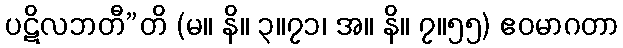
ပဋိလဘတီ”တိ (မ။ နိ။ ၃။၇၁၊ အ။ နိ။ ၇။၅၅) ဧဝမာဂတာ